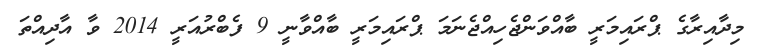
މިދާއިރާގެ ޕްރައިމަރީ ބާއްވަންޖެހިއްޖެނަމަ ޕްރައިމަރީ ބާއްވާނީ 9 ފެބްރުއަރީ 2014 ވާ އާދިއްތަ